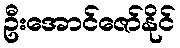
ဦးအောင်ဇော်နိုင်